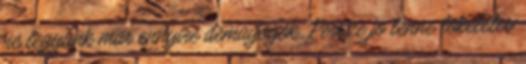
ne legyunk mar ennyire demagogok. Persze jo lenne tokeletes